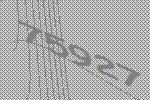
75927